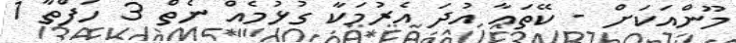
މޫންއަކަށް - ކޭތައާ އުދަ އެރުމަކާ ގުޅުމެއް ނެތް 3 ހަފްތާ 1